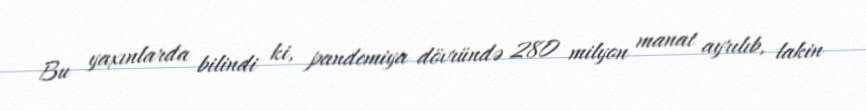
Bu yaxınlarda bilindi ki, pandemiya dövründə 280 milyon manat ayrılıb, lakin